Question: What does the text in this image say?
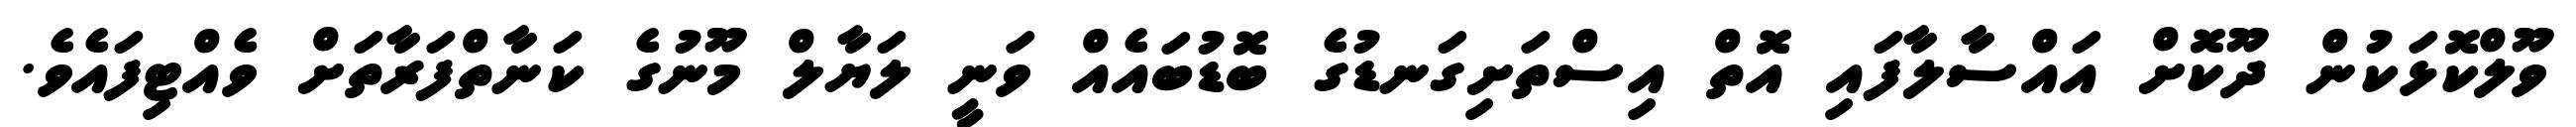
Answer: ވޫލްކޮޅަކުން ދޫކޮށް އައްސާލާފައި އޮތް އިސްތަށިގަނޑުގެ ބޮޑުބައެއް ވަނީ ލަޔާލް މޫނުގެ ކަނާތްފަރާތަށް ވެއްޓިފައެވެ.